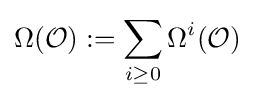
\Omega ({\mathcal {O}}):=\sum _{i\geq 0}\Omega ^{i}({\mathcal {O}})